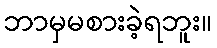
ဘာမှမစားခဲ့ရဘူး။